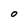
Character: o